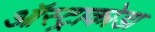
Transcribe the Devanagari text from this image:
ऑस्ट्राकोडा